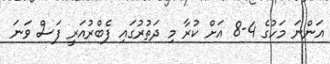
އަންނަ މަހުގެ 4-8 އަށް ކުރާ މި ދަތުރުގައި ފެބްރުއަރީ ފަސް ވަނަ